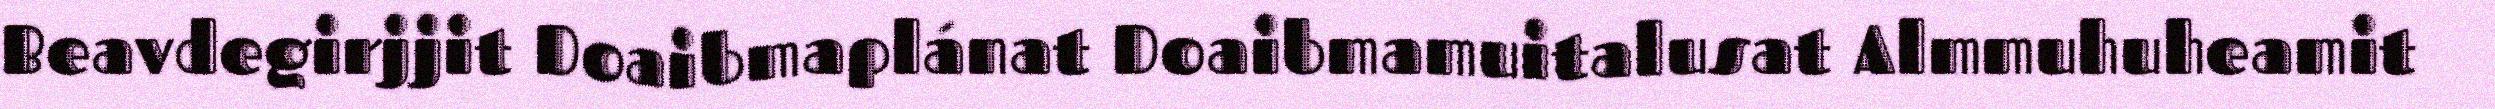
Beavdegirjjit Doaibmaplánat Doaibmamuitalusat Almmuhuheamit